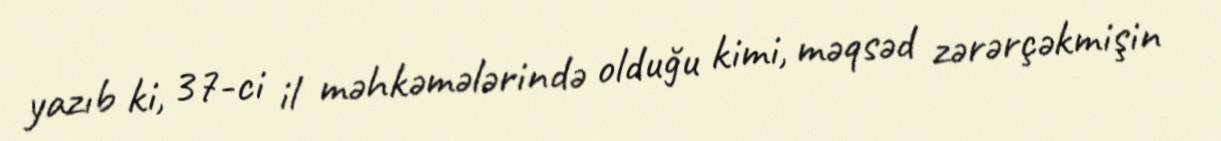
yazıb ki, 37-ci il məhkəmələrində olduğu kimi, məqsəd zərərçəkmişin